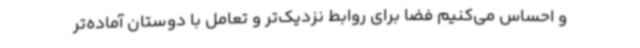
و احساس می‌کنیم فضا برای روابط نزدیک‌تر و تعامل با دوستان آماده‌تر